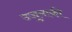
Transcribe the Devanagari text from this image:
उजुमाकी